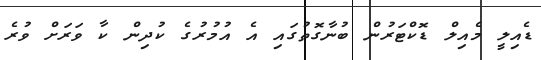
ޑެއިލީ މެއިލް ޑޮކްޓަރުން ބުނާގޮތުގައި އެ އުމުރުގެ ކުދިން ކާ ވަރަށް ވުރެ